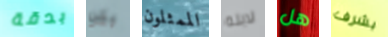
بدقة يكن الممثلون لابنه هل بشرف